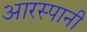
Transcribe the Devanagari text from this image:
आरस्पानी